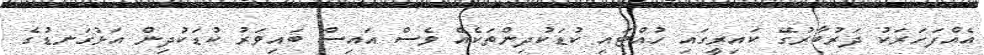
އެއްފަހަރަކު ދަރުބާރުގޭ ކައިރީގައި ހުއްޓައި ކުޑަކުދިންތަކެއް ވެސް އައިސް ބައިވަރު ކުޑަކުދިން އަޅުގަނޑުގެ